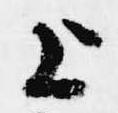
上